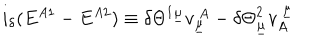
i _ { \delta } ( E ^ { A 1 } - E ^ { A 2 } ) \equiv \delta { \Theta } ^ { 1 \underline { { { \mu } } } } v _ { \underline { { { \mu } } } } ^ { ~ A } - \delta { \Theta } _ { \underline { { { \mu } } } } ^ { 2 } v _ { A } ^ { ~ \underline { { { \mu } } } }